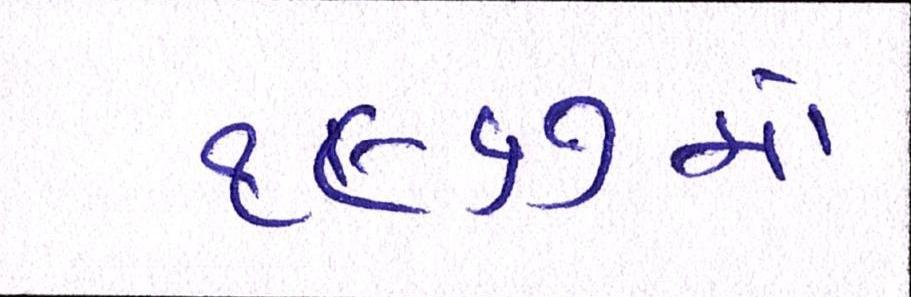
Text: ૧૯૬૭માં